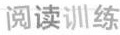
阅读训练